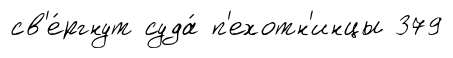
св'е́ргнут суда́ п'ехотн'инцы 379